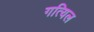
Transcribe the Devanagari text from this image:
गत्यिल